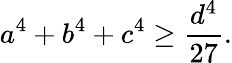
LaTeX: a^{4}+b^{4}+c^{4}\geq{\frac{d^{4}}{27}}.